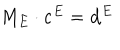
M _ { E } \cdot \mathbf { c } ^ { E } = \mathbf { d } ^ { E }